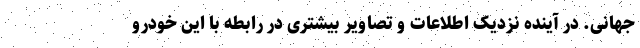
جهانی. در آینده نزدیک اطلاعات و تصاویر بیشتری در رابطه با این خودرو